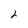
Character: 2